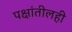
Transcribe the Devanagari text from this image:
पक्षांतीलही